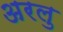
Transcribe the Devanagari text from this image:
अरलु